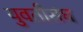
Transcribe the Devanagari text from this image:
युवतीसंघ